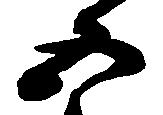
五